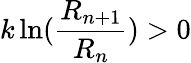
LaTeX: k\ln({\frac{R_{n+1}}{R_{n}}})>0